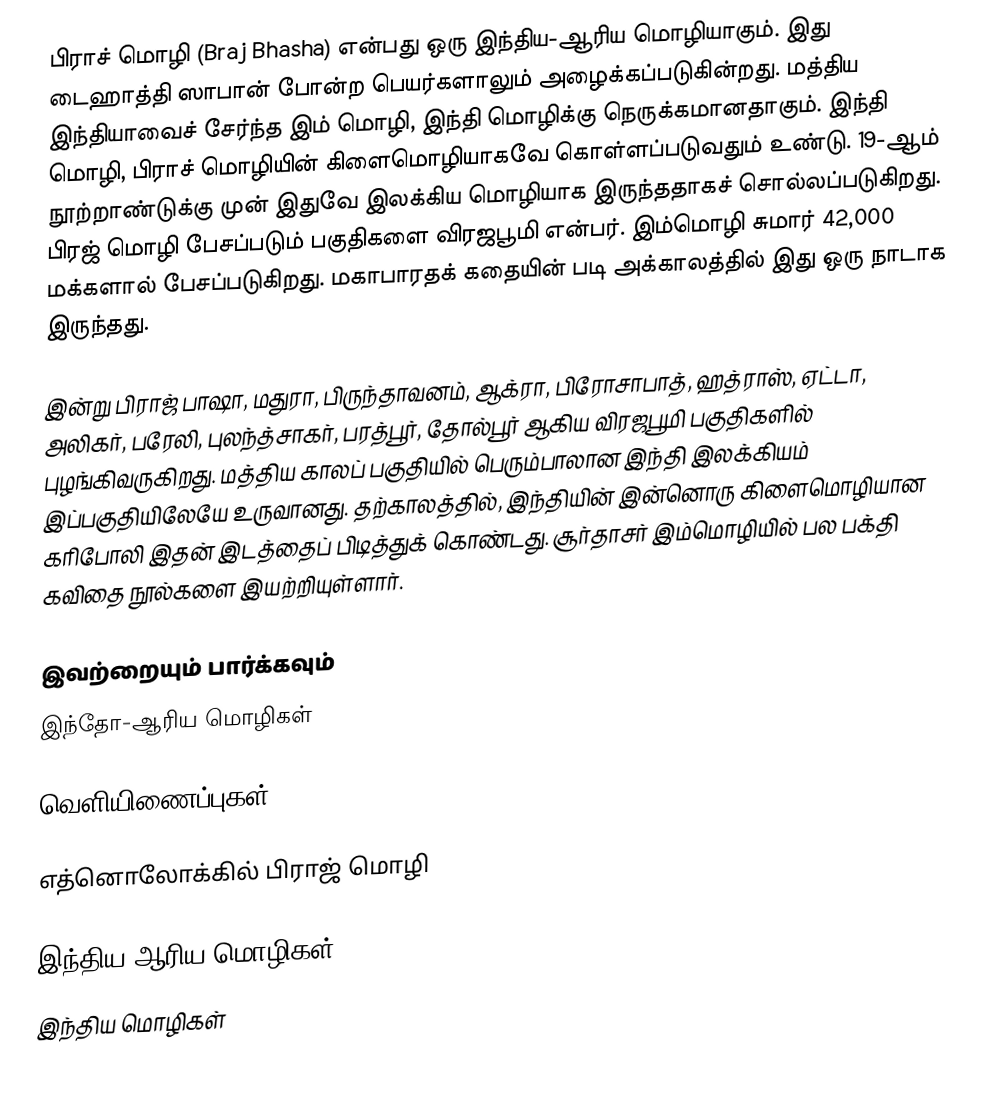
பிராச் மொழி (Braj Bhasha) என்பது ஒரு இந்திய-ஆரிய மொழியாகும். இது டைஹாத்தி ஸாபான் போன்ற பெயர்களாலும் அழைக்கப்படுகின்றது. மத்திய இந்தியாவைச் சேர்ந்த இம் மொழி, இந்தி மொழிக்கு நெருக்கமானதாகும். இந்தி மொழி, பிராச் மொழியின் கிளைமொழியாகவே கொள்ளப்படுவதும் உண்டு. 19-ஆம் நூற்றாண்டுக்கு முன் இதுவே இலக்கிய மொழியாக இருந்ததாகச் சொல்லப்படுகிறது. பிரஜ் மொழி பேசப்படும் பகுதிகளை விரஜபூமி என்பர். இம்மொழி  சுமார் 42,000 மக்களால் பேசப்படுகிறது. மகாபாரதக் கதையின் படி அக்காலத்தில் இது ஒரு நாடாக இருந்தது.

இன்று பிராஜ் பாஷா, மதுரா, பிருந்தாவனம், ஆக்ரா, பிரோசாபாத், ஹத்ராஸ், ஏட்டா, அலிகர், பரேலி, புலந்த்சாகர், பரத்பூர், தோல்பூர் ஆகிய  விரஜபூமி பகுதிகளில் புழங்கிவருகிறது. மத்திய காலப் பகுதியில் பெரும்பாலான இந்தி இலக்கியம் இப்பகுதியிலேயே உருவானது. தற்காலத்தில், இந்தியின் இன்னொரு கிளைமொழியான கரிபோலி இதன் இடத்தைப் பிடித்துக் கொண்டது. சூர்தாசர் இம்மொழியில் பல பக்தி கவிதை நூல்களை இயற்றியுள்ளார்.

இவற்றையும் பார்க்கவும்
 இந்தோ-ஆரிய மொழிகள்

வெளியிணைப்புகள்

 எத்னொலோக்கில் பிராஜ் மொழி

இந்திய-ஆரிய மொழிகள்
இந்திய மொழிகள்